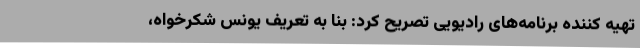
تهیه کننده برنامه‌های رادیویی تصریح کرد: بنا به تعریف یونس شکرخواه،